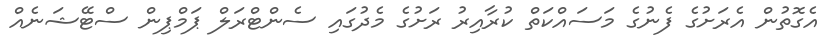
އެގޮތުން އެެރަށުގެ ފެނުގެ މަސައްކަތް ކުރާއިރު ރަށުގެ މެދުގައި ސެންޓްރަލް ޕަމްޕިން ސްޓޭޝަނެއް